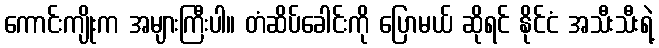
ကောင်းကျိုးက အများကြီးပါ။ တံဆိပ်ခေါင်းကို ပြောမယ် ဆိုရင် နိုင်ငံ အသီးသီးရဲ့